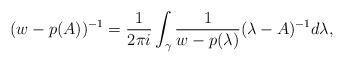
LaTeX: \begin{align*}(w-p(A))^{-1}= \frac{1}{2\pi i}\int_\gamma \frac{1}{w-p(\lambda)} (\lambda -A)^{-1} d\lambda,\end{align*}